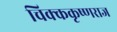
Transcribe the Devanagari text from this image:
चिक्ककृष्णराज